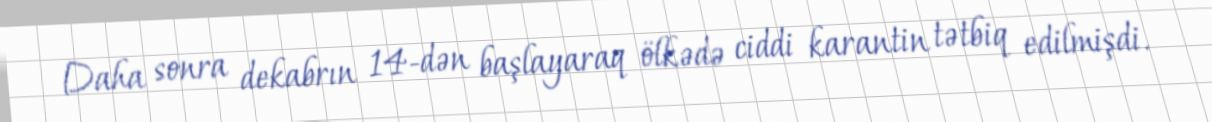
Daha sonra dekabrın 14-dən başlayaraq ölkədə ciddi karantin tətbiq edilmişdi.